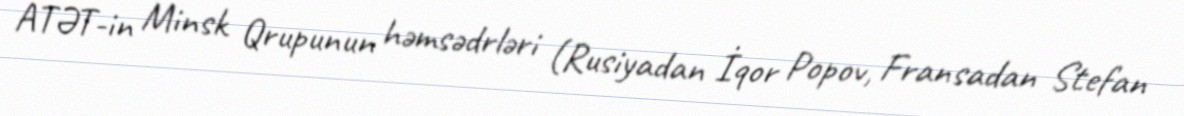
ATƏT-in Minsk Qrupunun həmsədrləri (Rusiyadan İqor Popov, Fransadan Stefan